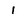
Character: 1